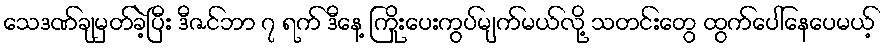
သေဒဏ်ချမှတ်ခဲ့ပြီး ဒီဇင်ဘာ ၇ ရက် ဒီနေ့ ကြိုးပေးကွပ်မျက်မယ်လို့ သတင်းတွေ ထွက်ပေါ်နေပေမယ့်